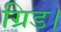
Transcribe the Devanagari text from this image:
ग्रिड।